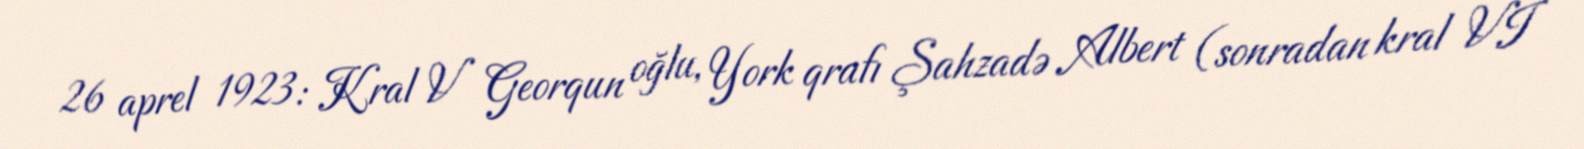
26 aprel 1923: Kral V Georqun oğlu, York qrafı Şahzadə Albert (sonradan kral VI